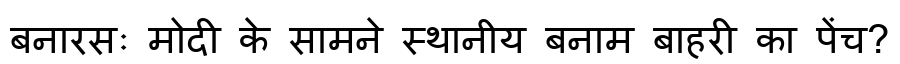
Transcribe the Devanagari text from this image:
बनारसः मोदी के सामने स्थानीय बनाम बाहरी का पेंच?